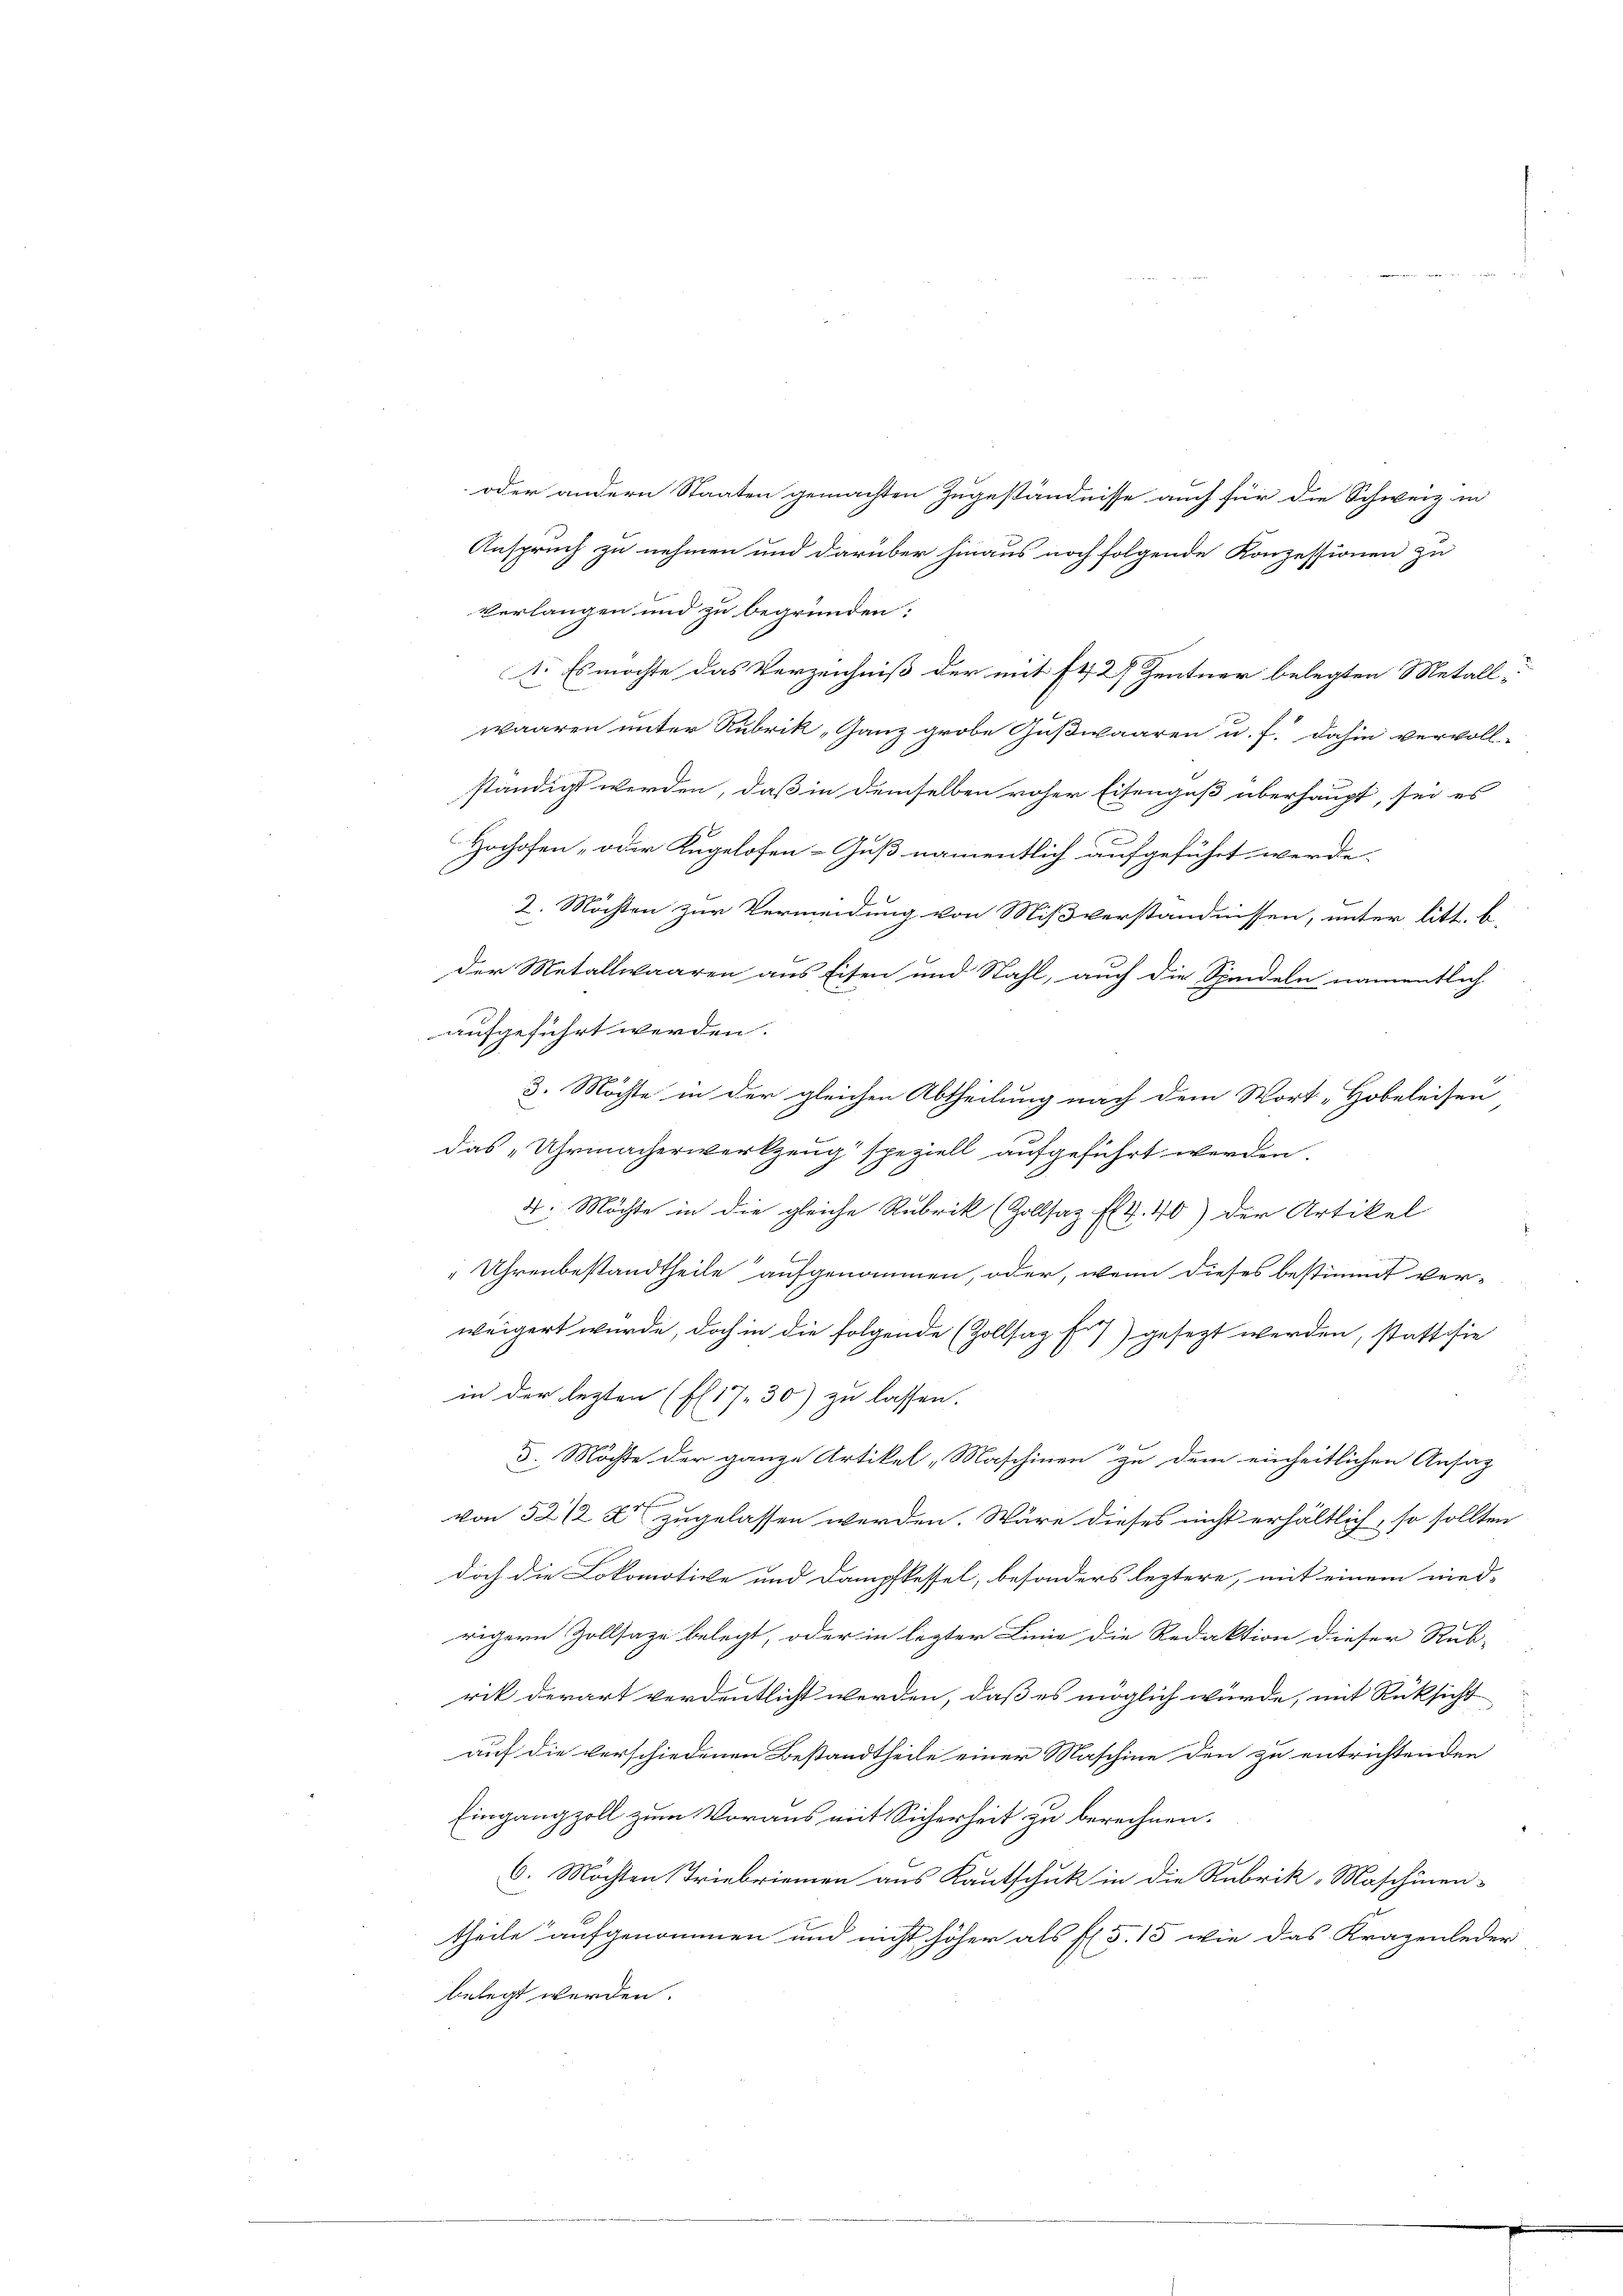
oder andern Staaten gemachten Zugeständnisse auch für die Schweiz in
Anspruch zu nehmen und darüber hinaus noch folgende Konzessionen zu
Verlangen und zu begründen:
1. Es möchte das Verzeichniß der mit Et 2 Zentner belegten Metall-
waaren unter Rubrik, Ganz grobe Gußwaaren u. f. dahin vervoll-
ständigt werden, daß in demselben voher Eisenguß überhaupt, sei es
Hochofen - oder Kugelofen-Guß namentlich aufgeführt werde.
|
2. Möchten zur Vermeidung von Mißverständnissen, unter litt. b.
der Metallwaaren aus Eisen und Stahl, auch die Sandeln namentlich
aufgeführt werden.
3. Möchte in der gleichen Abtheilung nach dem Wort „Hobeleisen
das „Uhrmacherwerkzeug speziell aufgeführt werden.
4. Möchte in die gleiche Rubrik (Zollsaz E4.40) der Artikel
"Uhrenbestandtheile aufgenommen, oder, wenn dieses bestimmt verweigert wurde, doch in die folgende (Zollsaz fi) gesezt werden, statt sie
in der lezten (El1730) zu lassen.
d. Möchte der ganze Artikel, Maschinen zu dem einheitlichen Ansag
von 52/2 Xr zugelassen werden. Wäre dieses nicht erhältlich, so sollten
doch die Lokomotive und Dampfkessel, besonders leztere, mit einem nied-
rigern Zollsaze belegt, oder in lezter Linie die Redaktion dieser Rub-
rik derart verdentlicht werden, daß es möglich würde, mit Rüksicht
auf die verschiedenen Bestandtheile einer Maschine den zu entrichtenden
Eingangzoll zum Voraus mit Sicherheit zu berechnen.
6. Möchten Triebriemen aus Kautschuk in die Rubrik, Maschinen-
theile aufgenommen und nicht höher als fl. 5. 15 wie das Kragenleder
belegt werden.